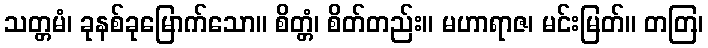
သတ္တမံ၊ ခုနစ်ခုမြောက်သော။ စိတ္တံ၊ စိတ်တည်း။ မဟာရာဇ၊ မင်းမြတ်။ တတြ၊